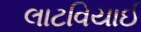
લાટવિયાઈ